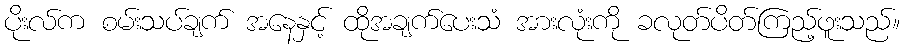
ပိုးလ်က စမ်းသပ်ချက် အနေနှင့် ထိုအချက်ပေးသံ အားလုံးကို ခလုတ်ပိတ်ကြည့်ဖူးသည်။